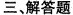
三、解答题。